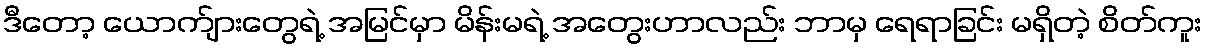
ဒီတော့ ယောက်ျားတွေရဲ့ အမြင်မှာ မိန်းမရဲ့ အတွေးဟာလည်း ဘာမှ ရေရာခြင်း မရှိတဲ့ စိတ်ကူး